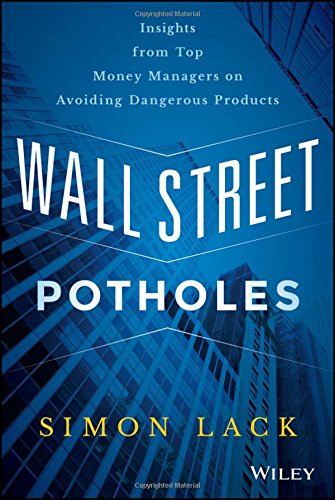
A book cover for Wall Street Potholes: Insights from Top Money Managers on Avoiding Dangerous Products; Simon A. Lack; Business & Money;